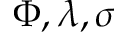
\Phi , \lambda , \sigma